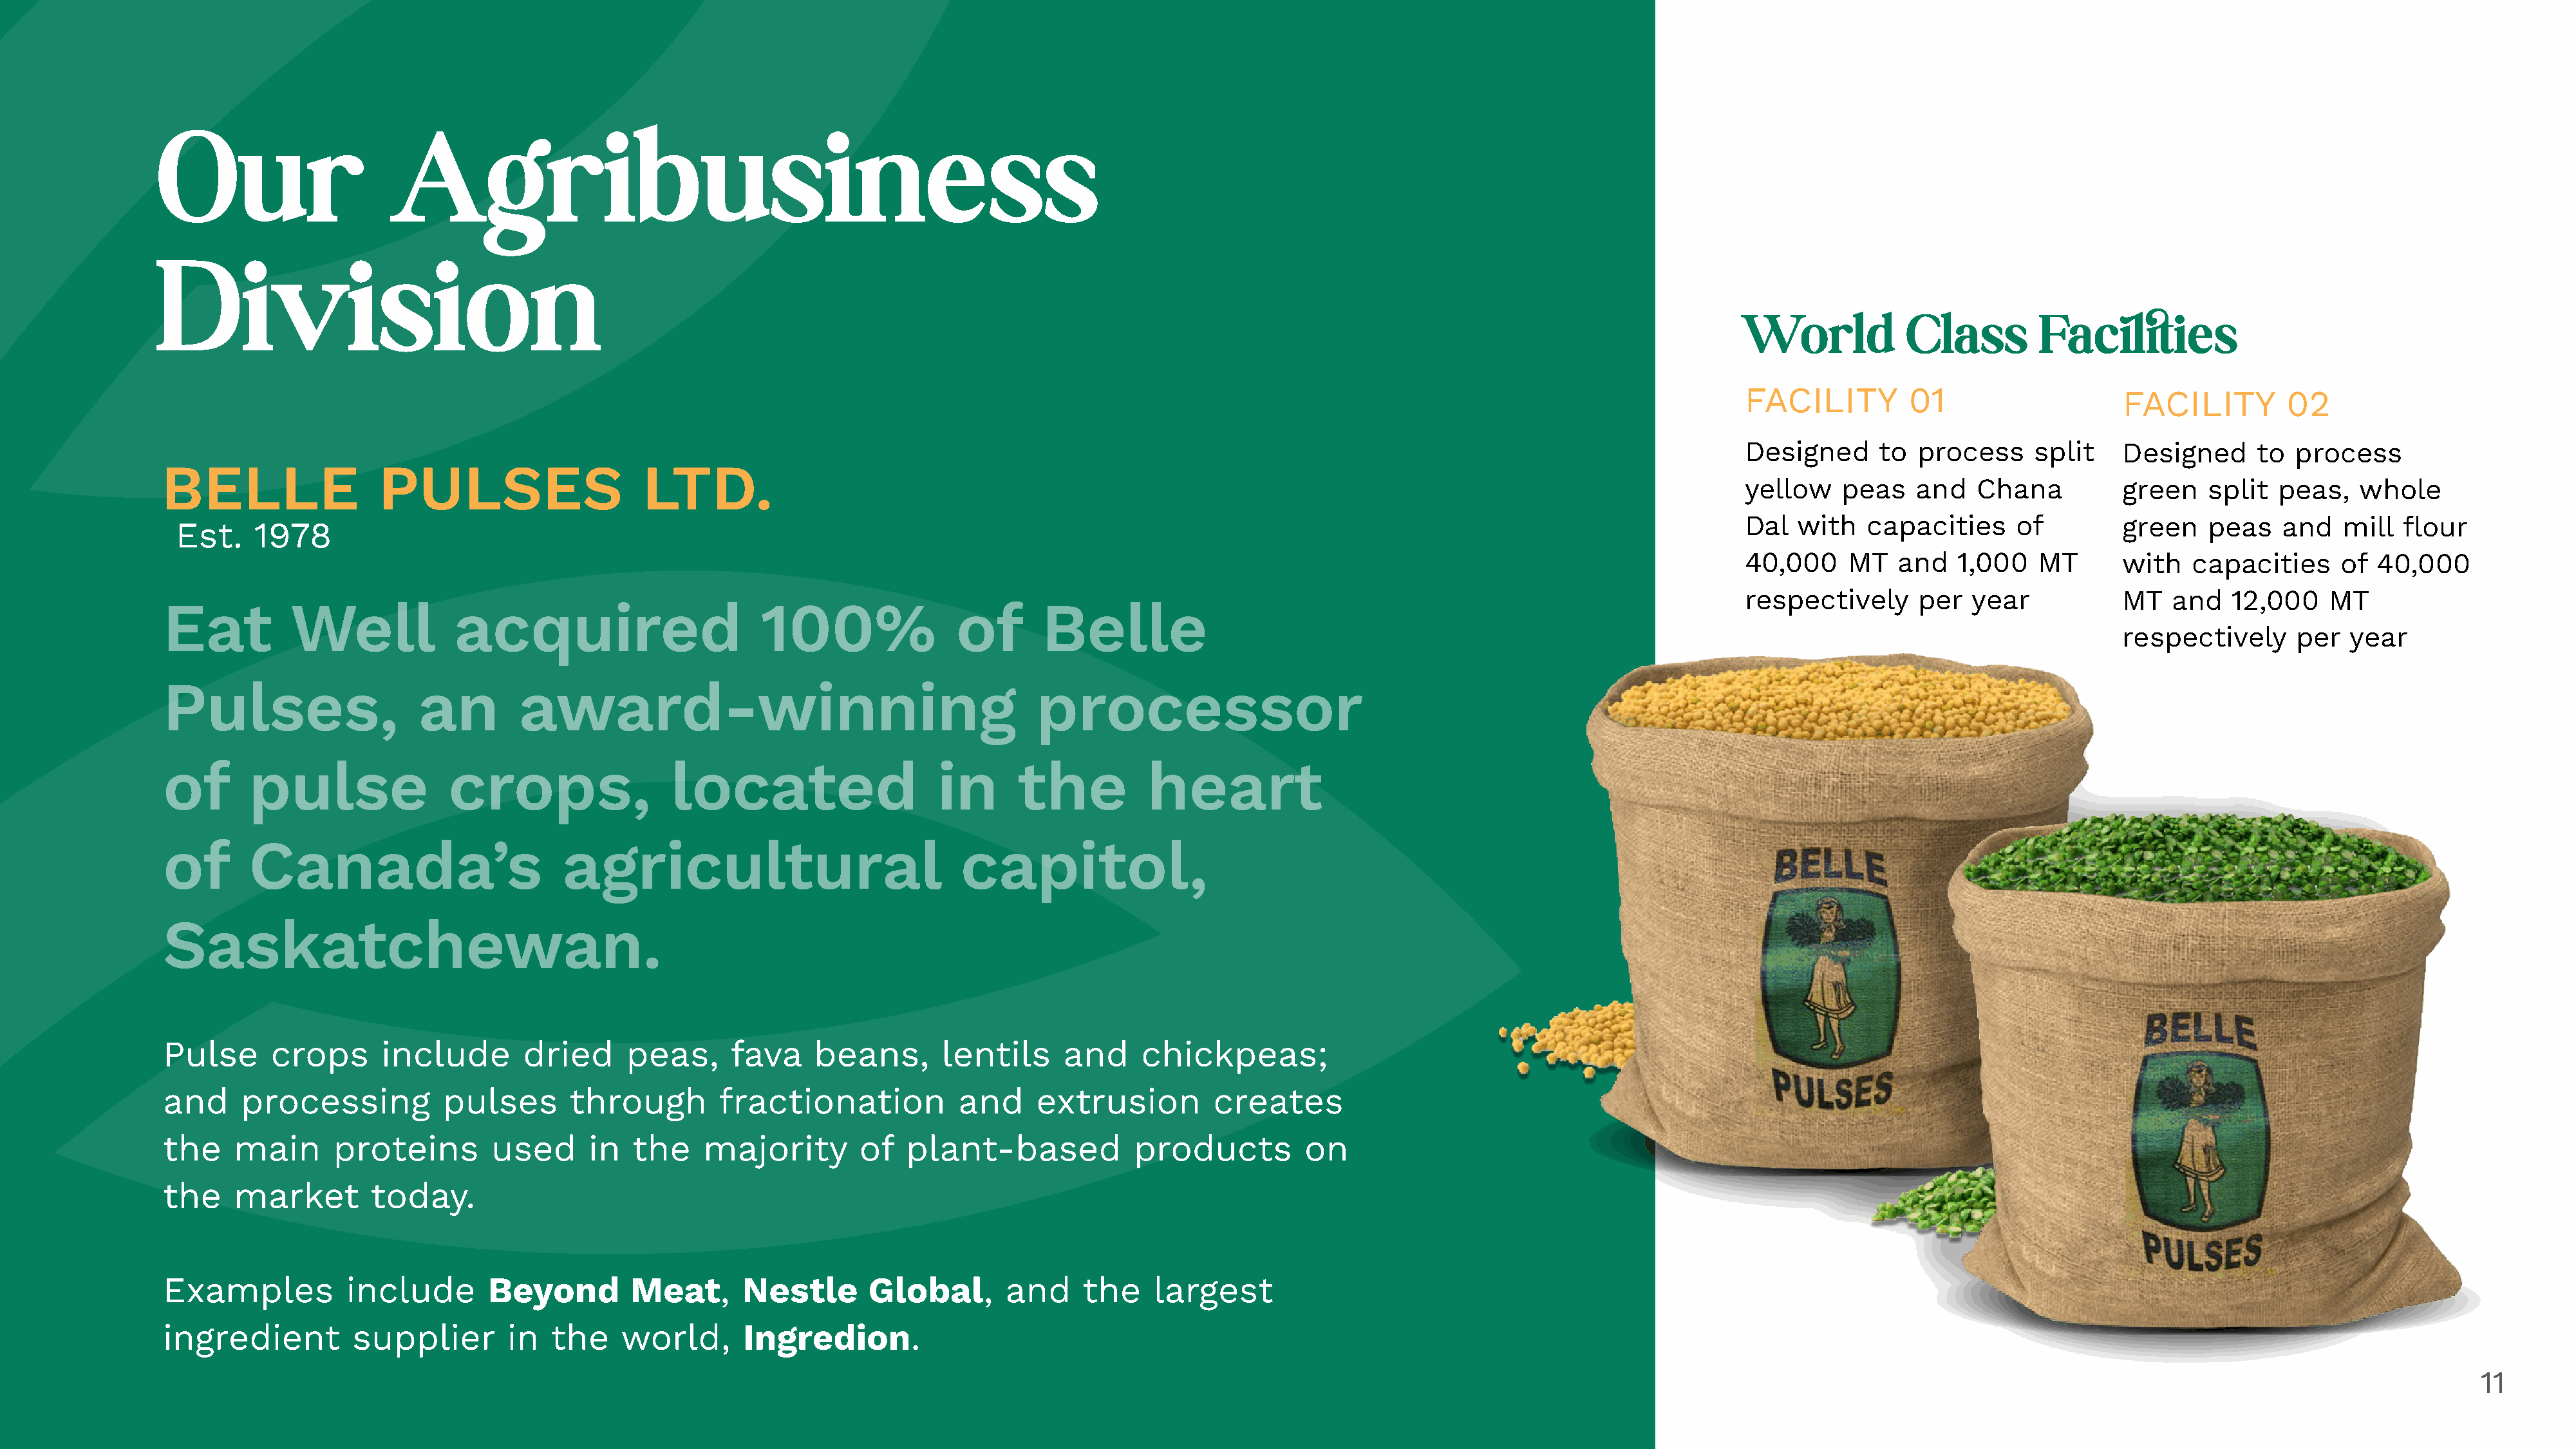
Our                     Agribusiness
 Division
 World            Class         Facilities
 FACILITY         01                    FACILITY         02
 Designed      to  process     split    Designed      to  process
 BELLE                 PULSES                     LTD.
 yellow    peas    and   Chana          green    split  peas,    whole
 Dal   with   capacities     of         green    peas    and   mill  flour
 Est.    1978
 40,000     MT   and   1,000   MT       with   capacities      of 40,000
 respectively      per   year           MT   and   12,000    MT
 Eat          Well             acquired                       100%                of       Belle
 respectively      per   year
 Pulses,                   an        award-winning                                        processor
 of       pulse               crops,                 located                    in       the          heart
 of       Canada’s                        agricultural                             capitol,
 Saskatchewan.
 Pulse      crops      include        dried     peas,      fava     beans,       lentils     and     chickpeas;
 and     processing           pulses       through        fractionation            and     extrusion         creates
 the    main      proteins        used       in  the    majority        of   plant-based             products         on
 the    market        today.
 Examples           include       Beyond         Meat,      Nestle       Global,       and     the     largest
 ingredient         supplier        in   the    world,      Ingredion.
 11